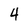
Character: 4